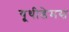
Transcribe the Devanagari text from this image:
यूथीडेमस